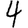
Digit: 4